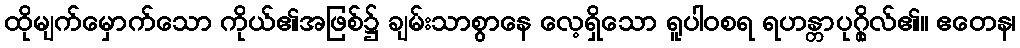
ထိုမျက်မှောက်သော ကိုယ်၏အဖြစ်၌ ချမ်းသာစွာနေ လေ့ရှိသော ရူပါဝစရ ရဟန္တာပုဂ္ဂိုလ်၏။ ဧတေန၊